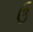
ઉ